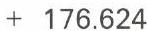
+ 176.624